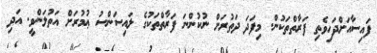
ފައިސާއަށްދަހިވެތި ފަރާތްތަކުން. މިފަދަ ދަތުރަށް ނުކުންނަ ފަރާތްތަކުގެ ލައިސަންސު ޢުމުރަށް އަތުލަންވީ. އަދި